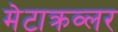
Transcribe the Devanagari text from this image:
मेटाक्रव्लर